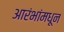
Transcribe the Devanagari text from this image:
आरंभांमधून